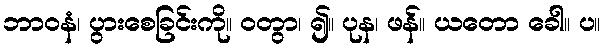
ဘာဝနံ၊ ပွားစေခြင်းကို။ ဝတွာ၊ ၍။ ပုန၊ ဖန်။ ယတော ခေါ။ ပ။